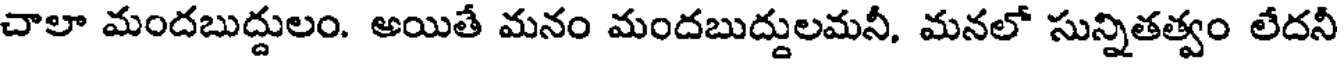
చాలా మందబుద్దులం. అయితే మనం మందబుద్దులమనీ, మనలో సున్నితత్వం లేదనీ